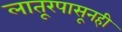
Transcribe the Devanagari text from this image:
लातूरपासूनही